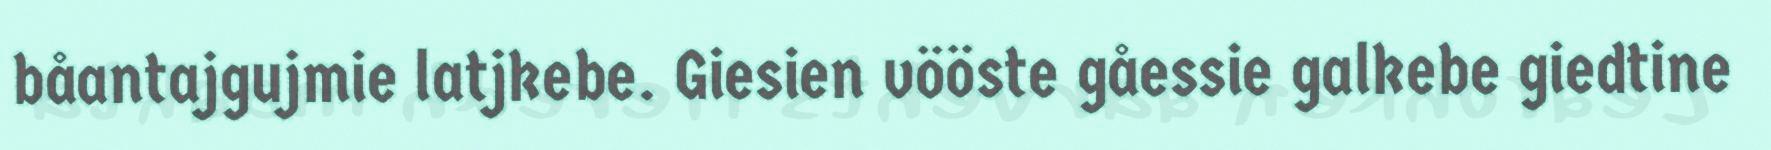
båantajgujmie latjkebe. Giesien vööste gåessie galkebe giedtine